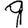
Digit: 9